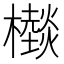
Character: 㰊